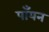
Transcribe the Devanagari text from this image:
पाँयन